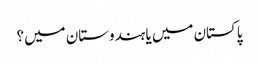
پاکستان میں یا ہندوستان میں؟